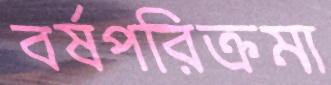
বর্ষপরিক্রমা